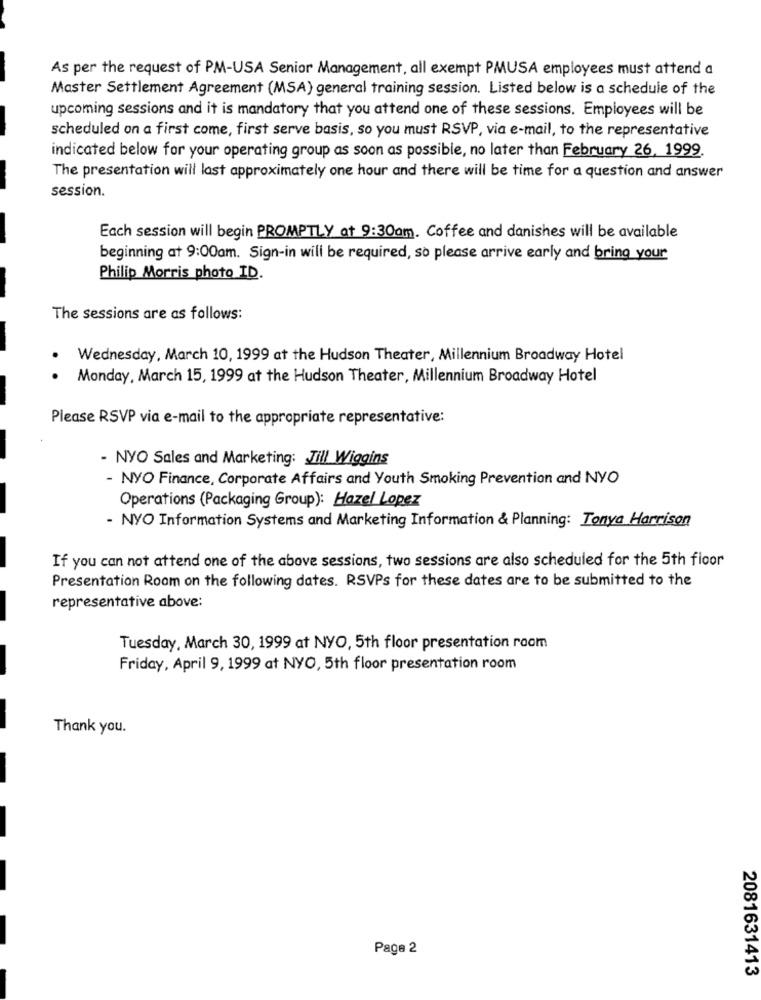
As per the request of PM-USA Senior Management, all exempt PMUSA employees must attend a
Master Settlement Agreement (MSA) general training session. Listed below is a schedule of the
upcoming sessions and it is mandatory that you attend one of these sessions. Employees will be
scheduled on a first come, first serve basis, so you must RSVP, via e-mail, to the representative
indicated below for your operating group as soon as possible, no later than February 26, 1999.
The presentation will last approximately one hour and there will be time for a question and answer
session.
Each session will begin PROMPTLY at 9:30am. Coffee and danishes will be available
beginning at 9:00am. Sign-in will be required, so please arrive early and bring your
Philip Morris photo ID.
The sessions are as follows:
Wednesday, March 10, 1999 at the Hudson Theater, Millennium Broadway Hotel
Monday, March 15, 1999 at the Hudson Theater, Millennium Broadway Hotel
Please RSVP via e-mail to the appropriate representative:
- NYO Sales and Marketing: Jill Wiggins
- NYO Finance, Corporate Affairs and Youth Smoking Prevention and NYO
Operations (Packaging Group): Hazel Lopez
- NYO Information Systems and Marketing Information & Planning: Tonya Harrison
If you can not attend one of the above sessions, two sessions are also scheduled for the 5th floor
Presentation Room on the following dates. RSVPs for these dates are to be submitted to the
representative above:
Tuesday, March 30, 1999 at NYO, 5th floor presentation room
Friday, April 9, 1999 at NYO, 5th floor presentation room
Thank you.
Page 2
2081631413